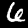
Digit: 6